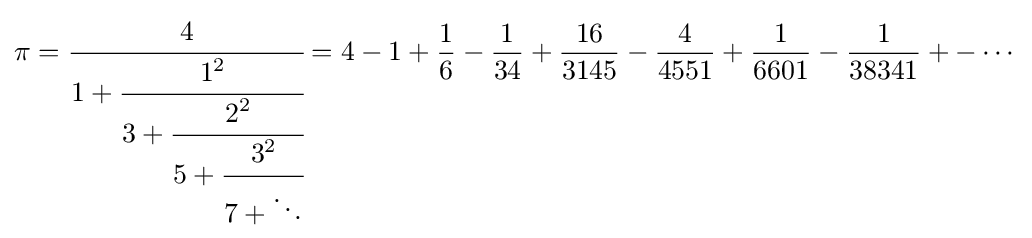
\pi ={\cfrac {4}{1+{\cfrac {1^{2}}{3+{\cfrac {2^{2}}{5+{\cfrac {3^{2}}{7+\ddots }}}}}}}}=4-1+{\frac {1}{6}}-{\frac {1}{34}}+{\frac {16}{3145}}-{\frac {4}{4551}}+{\frac {1}{6601}}-{\frac {1}{38341}}+-\cdots